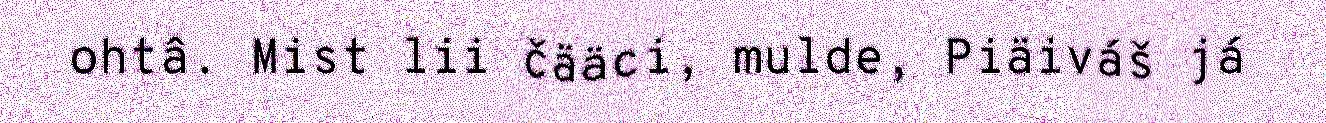
ohtâ. Mist lii čääci, mulde, Piäiváš já